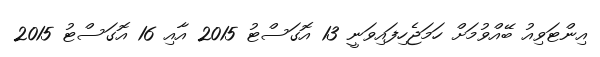
އިންޓަވިއު ބޭއްވުމަށް ހަމަޖެހިފައިވަނީ 13 އޮގަސްޓު 2015 އާއި 16 އޮގަސްޓު 2015